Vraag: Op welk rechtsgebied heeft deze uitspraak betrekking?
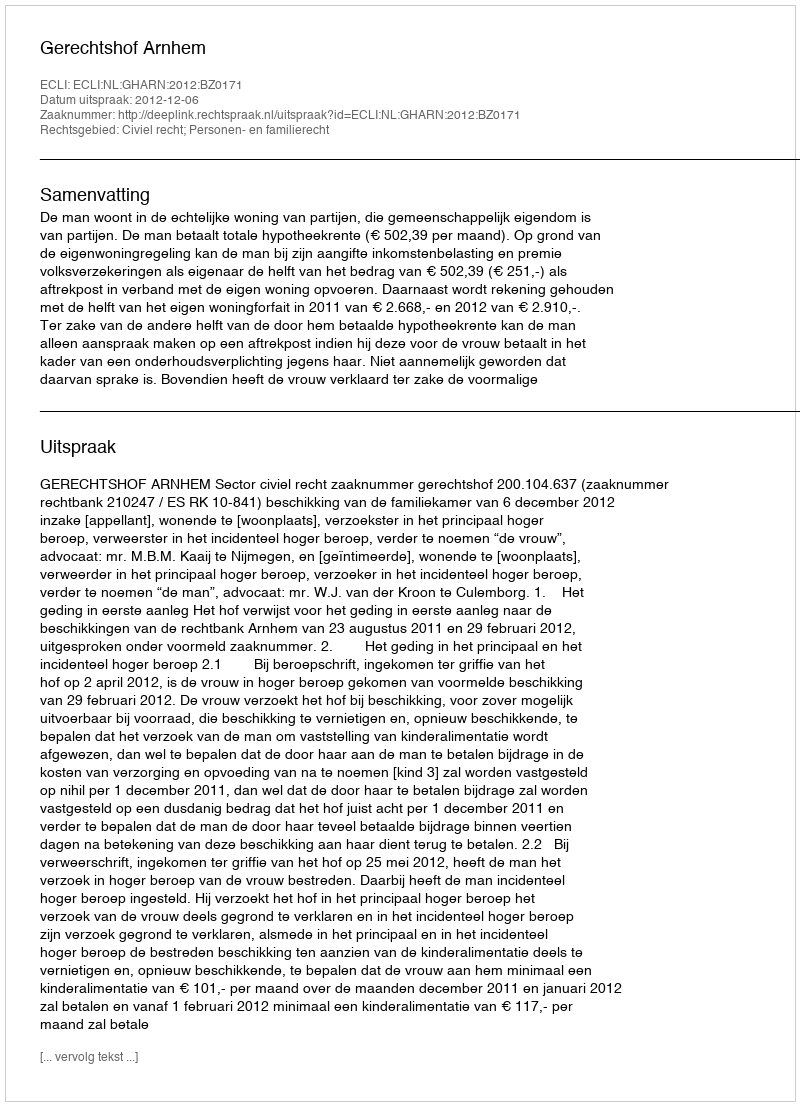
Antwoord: Civiel recht; Personen- en familierecht